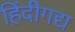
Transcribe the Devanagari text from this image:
हिंदीगद्य